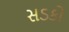
સડકો